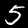
Digit: 5